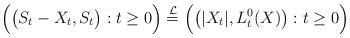
LaTeX: \begin{align*}\Big(\big(S_t-X_t,S_t\big):t\geq 0\Big)\stackrel{\mathcal{L}}{=}\Big(\big(|X_t|,L_t^0(X)\big):t\geq 0\Big)\end{align*}